Indian journal of veterinary science and animal husbandry - Volumes 18-21, 1948-1951
Year: 1948
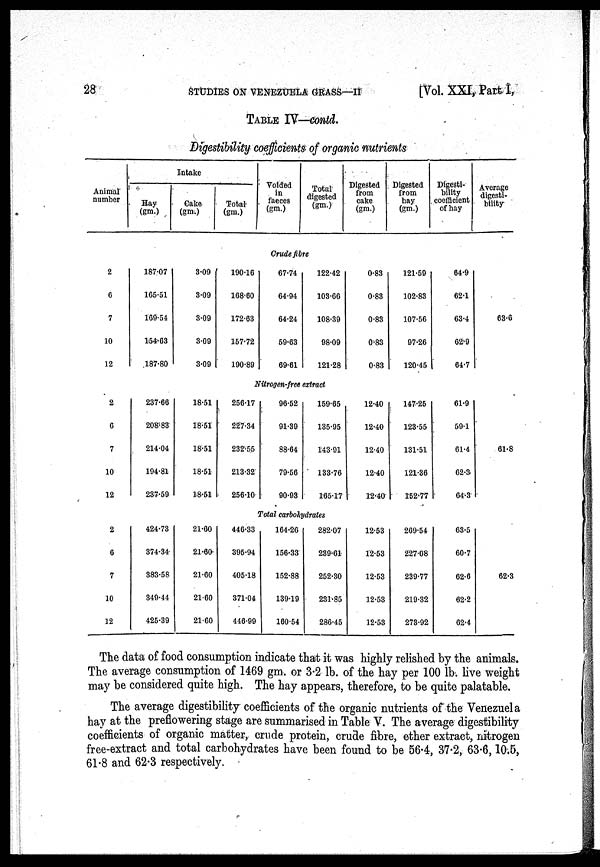
28
STUDIES ON VENEZUELA
GRASS—II
[Vol. XXI, Part I,
TABLE IV—contd.
Digestibility coefficients of organic nutrients
Animal
number
Intake
Hay
(gm.)
Cake
(gm.)
Total
(gm.)
Voided
in
faeces
(gm.)
Total
digested
(gm.)
Digested
from
cake
(gm.)
Digested
from
hay
(gm.)
Digesti-
bility
coefficient
of hay
Average
digesti-
bility
Crude fibre
2
6
7
10
12
187.07
165.51
169.54
154.63
187.80
3.09
3.09
3.09
3.09
3.09
190.16
168.60
172.63
157.72
190.89
67.74
64.94
64.24
59.63
69.61
122.42
103.66
108.39
98.09
121.28
0.83
0.83
0.83
0.83
0.83
121.59
102.83
107.56
97.26
120.45
64.9
62.1
63.4
62.9
64.7
63.6
Nitrogen-free extract
2
6
7
10
12
237.66
208.83
214.04
194.81
237.59
18.51
18.51
18.51
18.51
18.51
256.17
227.34
232.55
213.32
256.10
96.52
91.39
88.64
79.56
90.93
159.65
135.95
143.91
133.76
165.17
12.40
12.40
12.40
12.40
12.40
147.25
123.55
131.51
121.36
152.77
61.9
59.1
61.4
62.3
64.3
61.8
Total carbohydrates
2
6
7
10
12
424.73
374.34
383.58
349.44
425.39
21.60
21.60
21.60
21.60
21.60
446.33
395.94
405.18
371.04
446.99
164.26
156.33
152.88
139.19
160.54
282.07
239.61
252.30
231.85
286.45
12.53
12.53
12.53
12.53
12.53
269.54
227.08
239.77
219.32
273.92
63.5
60.7
62.6
62.2
62.4
62.3
The data of food consumption indicate that it was highly relished by the animals.
The average consumption of 1469 gm. or 3.2 lb. of the hay per 100 lb. live weight
may be considered quite high. The hay appears, therefore, to be quite palatable.
The average digestibility coefficients of the organic nutrients of the Venezuela
hay at the preflowering stage are summarised in Table V. The average digestibility
coefficients of organic matter, crude protein, crude fibre, ether extract, nitrogen
free-extract and total carbohydrates have been found to be 56.4, 37.2, 63.6, 10.5,
61.8 and 62.3 respectively.